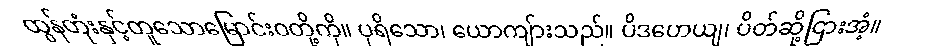
ထွန်တုံးနှင့်တူသောမြောင်းဝတို့ကို။ ပုရိသော၊ ယောကျ်ားသည်။ ပိဒဟေယျ၊ ပိတ်ဆို့ငြားအံ့။